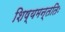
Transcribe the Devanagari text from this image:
शिष्यमन्ततिः